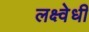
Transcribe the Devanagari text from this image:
लक्ष्वेधी